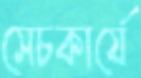
সেচকার্যে